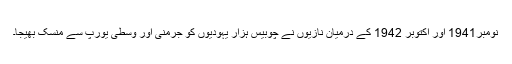
نومبر1941 اور اکتوبر 1942 کے درمیان نازیوں نے چوبیس ہزار یہودیوں کو جرمنی اور وسطی یورپ سے مِنسک بھیجا۔